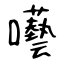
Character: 囈